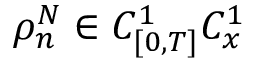
\rho _ { n } ^ { N } \in C _ { [ 0 , T ] } ^ { 1 } C _ { x } ^ { 1 }